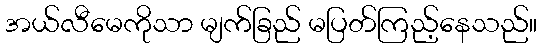
အယ်လီမေကိုသာ မျက်ခြည် မပြတ်ကြည့်နေသည်။